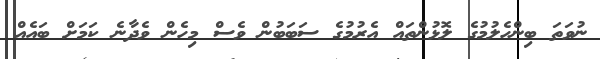
ނުވަތަ ބިންހެލުމުގެ ލޮޅުންތައް އެރުމުގެ ސަބަބުން ވެސް މިހެން ވެދާނެ ކަމަށް ބައެއް